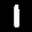
Label: 1